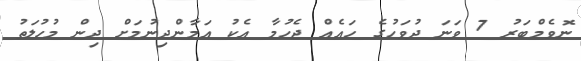
ނޮވެމްބަރު 7 ވަނަ ދުވަހުގެ ހައެއް ޖެހުމާ އެކު އަމާންދިނުމަށް ދިން މުހުލަތު